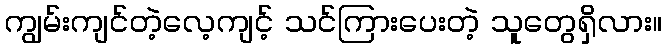
ကျွမ်းကျင်တဲ့လေ့ကျင့် သင်ကြားပေးတဲ့ သူတွေရှိလား။